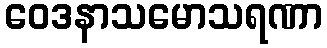
ဝေဒနာသမောသရဏာ